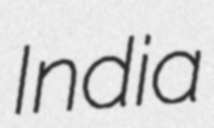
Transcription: India